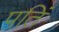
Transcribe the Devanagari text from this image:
पतिं